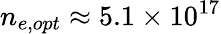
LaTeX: n_{e,opt}\approx 5.1\times 10^{17}